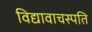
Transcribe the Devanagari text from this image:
विद्यावाचस्‍पति